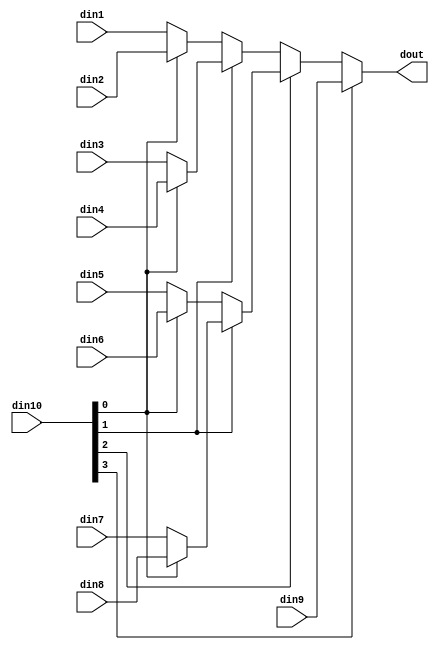
module sp_mux_9to1_sel4_6_1 #(
parameter
    ID                = 0,
    NUM_STAGE         = 1,
    din1_WIDTH       = 32,
    din2_WIDTH       = 32,
    din3_WIDTH       = 32,
    din4_WIDTH       = 32,
    din5_WIDTH       = 32,
    din6_WIDTH       = 32,
    din7_WIDTH       = 32,
    din8_WIDTH       = 32,
    din9_WIDTH       = 32,
    din10_WIDTH         = 32,
    dout_WIDTH            = 32
)(
    input  [5 : 0]     din1,
    input  [5 : 0]     din2,
    input  [5 : 0]     din3,
    input  [5 : 0]     din4,
    input  [5 : 0]     din5,
    input  [5 : 0]     din6,
    input  [5 : 0]     din7,
    input  [5 : 0]     din8,
    input  [5 : 0]     din9,
    input  [3 : 0]    din10,
    output [5 : 0]   dout);

// puts internal signals
wire [3 : 0]     sel;
// level 1 signals
wire [5 : 0]         mux_1_0;
wire [5 : 0]         mux_1_1;
wire [5 : 0]         mux_1_2;
wire [5 : 0]         mux_1_3;
wire [5 : 0]         mux_1_4;
// level 2 signals
wire [5 : 0]         mux_2_0;
wire [5 : 0]         mux_2_1;
wire [5 : 0]         mux_2_2;
// level 3 signals
wire [5 : 0]         mux_3_0;
wire [5 : 0]         mux_3_1;
// level 4 signals
wire [5 : 0]         mux_4_0;

assign sel = din10;

// Generate level 1 logic
assign mux_1_0 = (sel[0] == 0)? din1 : din2;
assign mux_1_1 = (sel[0] == 0)? din3 : din4;
assign mux_1_2 = (sel[0] == 0)? din5 : din6;
assign mux_1_3 = (sel[0] == 0)? din7 : din8;
assign mux_1_4 = din9;

// Generate level 2 logic
assign mux_2_0 = (sel[1] == 0)? mux_1_0 : mux_1_1;
assign mux_2_1 = (sel[1] == 0)? mux_1_2 : mux_1_3;
assign mux_2_2 = mux_1_4;

// Generate level 3 logic
assign mux_3_0 = (sel[2] == 0)? mux_2_0 : mux_2_1;
assign mux_3_1 = mux_2_2;

// Generate level 4 logic
assign mux_4_0 = (sel[3] == 0)? mux_3_0 : mux_3_1;

// output logic
assign dout = mux_4_0;

endmodule